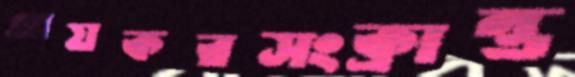
আয়করসংক্রান্ত